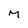
Character: M